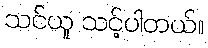
သင်ယူ သင့်ပါတယ်။